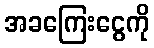
အခကြေးငွေကို